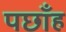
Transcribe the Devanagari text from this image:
पछाँह